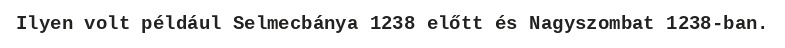
Ilyen volt például Selmecbánya 1238 előtt és Nagyszombat 1238-ban.